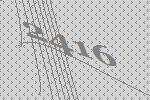
2416